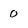
Character: 0